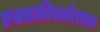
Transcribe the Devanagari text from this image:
एक्सकीस्कोरएक